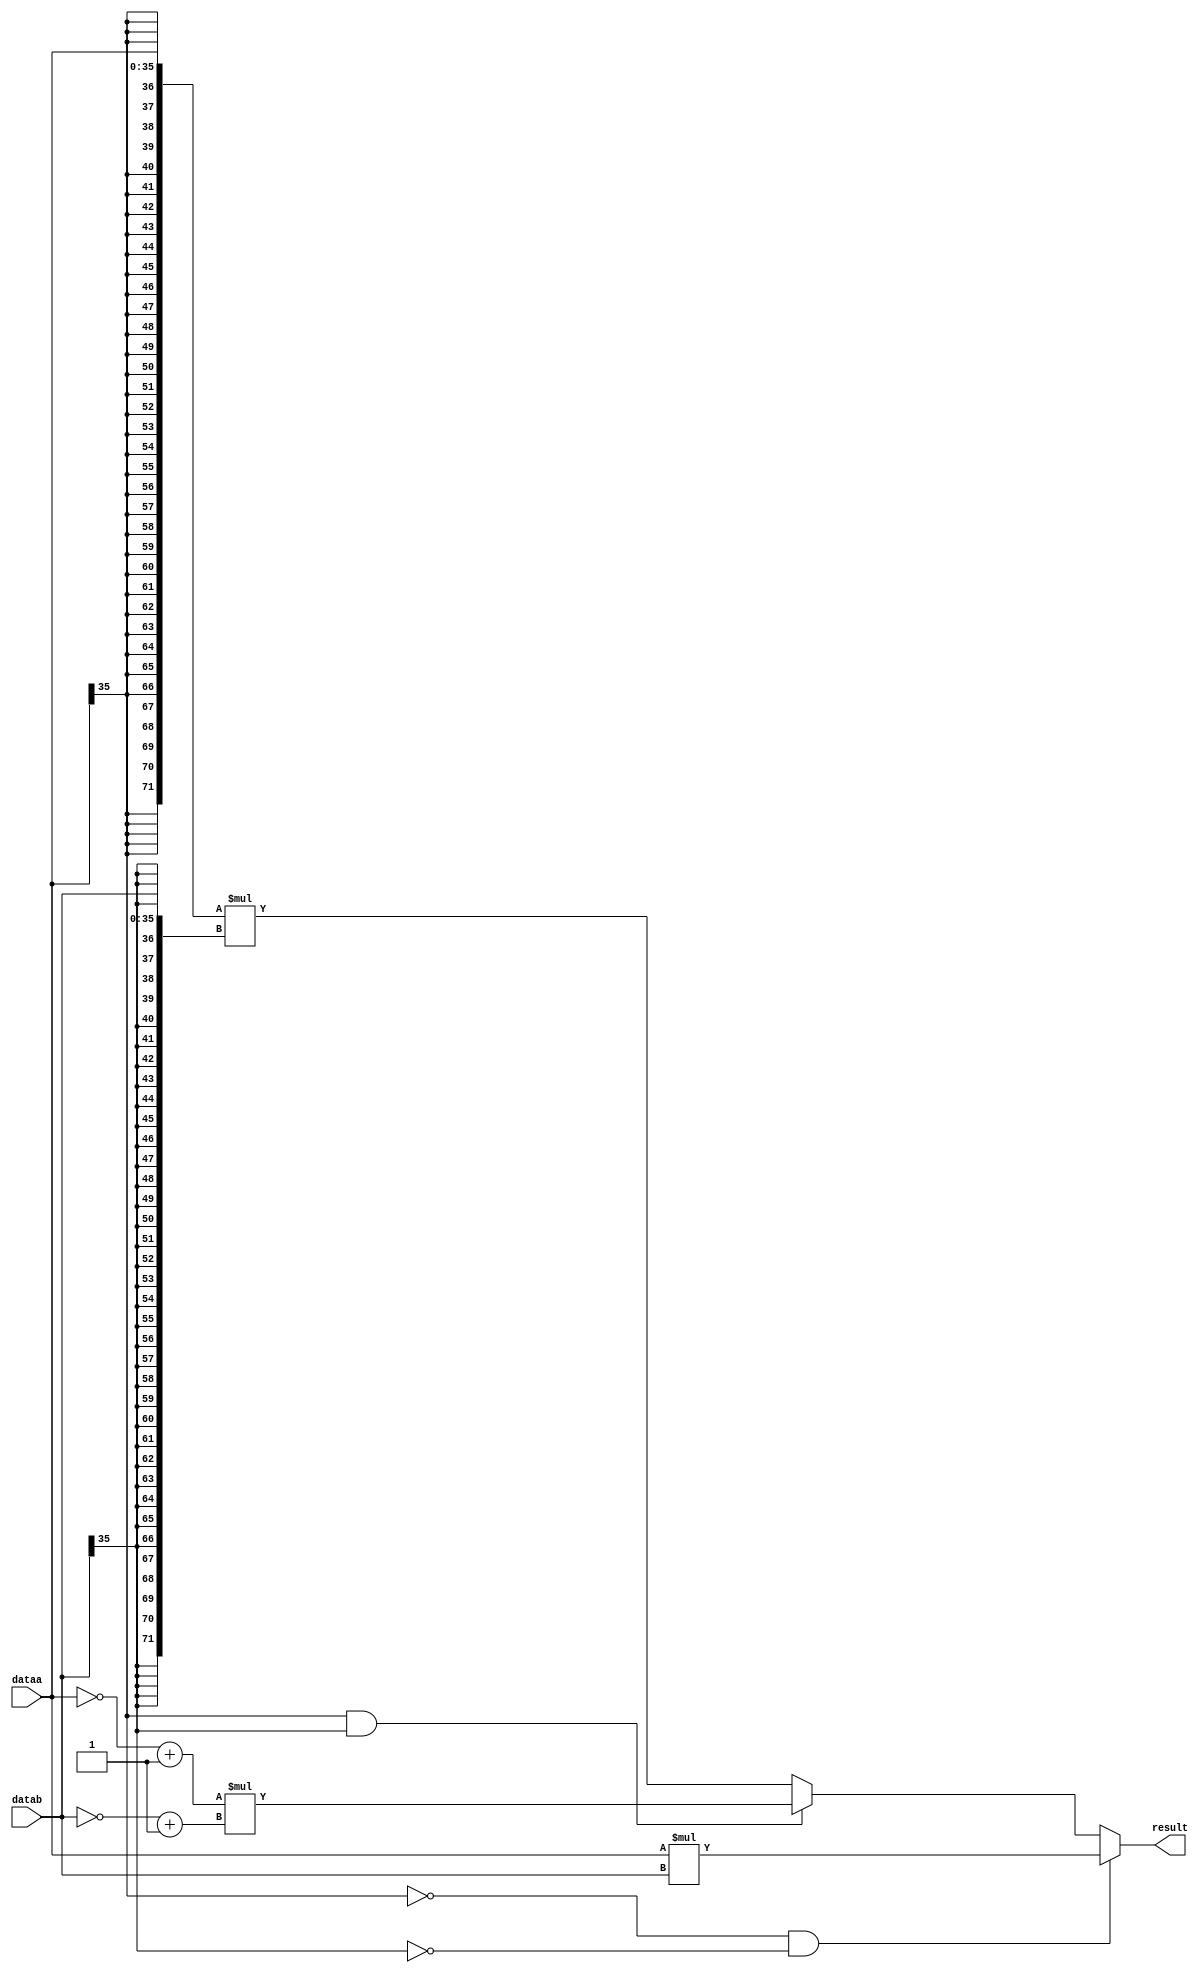
`timescale 1 ns / 100 ps

module filter_mult (
  dataa,
  datab,
  result
);
  // Ports
  input [35:0] dataa;
  input [35:0] datab;
  output [71:0] result;
  
  reg [71:0] result_reg;
  reg [35:0] dataa_comp;
  reg [35:0] datab_comp;
  reg [71:0] dataa_ext;
  reg [71:0] datab_ext;
  reg [1:0] sign;

  always @(dataa, datab) begin
    if ((dataa[35] == 1'b0) && (datab[35] == 1'b0)) begin
      sign = 2'b00;
      result_reg = dataa * datab;
    end
    else if ((dataa[35] == 1'b1) && (datab[35] == 1'b1)) begin
      sign = 2'b11;
      dataa_comp = (~dataa) + 36'h1;
      datab_comp = (~datab) + 36'h1;
      result_reg = dataa_comp * datab_comp;
    end
    else begin
      sign = 2'b10;
      dataa_ext = {{36{dataa[35]}}, dataa};
      datab_ext = {{36{datab[35]}}, datab};
      result_reg = dataa_ext * datab_ext;
    end
  end
  
  assign result = result_reg;
  
endmodule